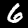
Digit: 6